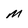
Character: M